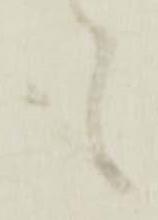
も